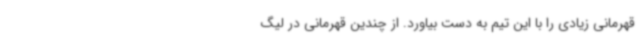
قهرمانی زیادی را با این تیم به دست بیاورد. از چندین قهرمانی در لیگ